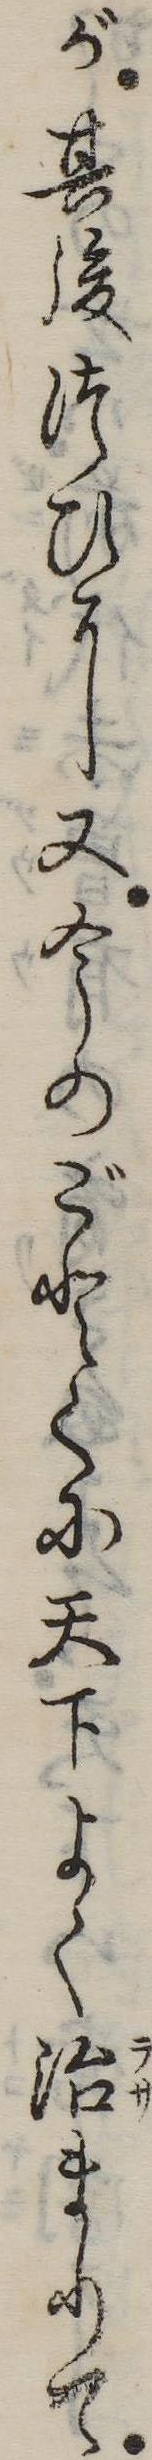
が其後つひに又今のごとくに天下よく治まりて